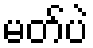
မတ်ပဲ